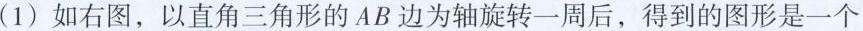
(1)如右图，以直角三角形的AB边为轴旋转一周后，得到的图形是一个